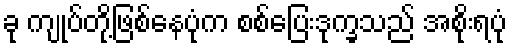
ခု ကျုပ်တို့ဖြစ်နေပုံက စစ်ပြေးဒုက္ခသည် အစိုးရပုံ